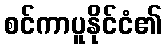
စင်ကာပူနိုင်ငံ၏